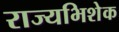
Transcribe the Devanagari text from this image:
राज्यभिशेक